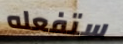
ستفعله